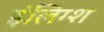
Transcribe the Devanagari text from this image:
इंलिग्श